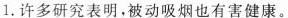
1.许多研究表明,被动吸烟也有害健康。